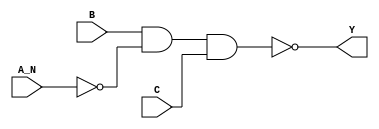
module sky130_fd_sc_ls__nand3b_1 (
    Y  ,
    A_N,
    B  ,
    C
);
    output Y  ;
    input  A_N;
    input  B  ;
    input  C  ;
    wire not0_out   ;
    wire nand0_out_Y;
    not  not0  (not0_out   , A_N            );
    nand nand0 (nand0_out_Y, B, not0_out, C );
    buf  buf0  (Y          , nand0_out_Y    );
endmodule